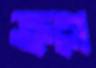
ব্রুগে